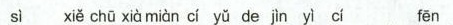
sì xiě chū xià miàn cì yǔ de jìn yì cí fēn